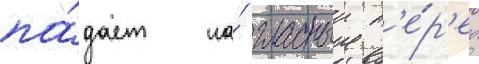
па́дает на́ гласныи п'е́р'ед